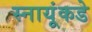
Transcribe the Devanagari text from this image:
स्नायूंकडे